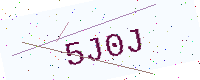
Text: 5J0J